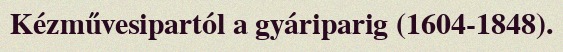
Kézművesipartól a gyáriparig (1604-1848).